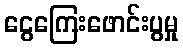
ငွေကြေးဖောင်းပွမှု